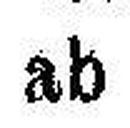
ab